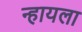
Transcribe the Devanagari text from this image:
न्हायला